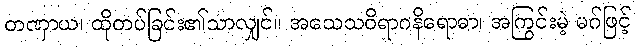
တဏှာယ၊ ထိုတပ်ခြင်း၏သာလျှင်။ အသေသဝိရာဂနိရောဓာ၊ အကြွင်းမဲ့ မဂ်ဖြင့်